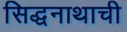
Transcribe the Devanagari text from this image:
सिद्धनाथाची